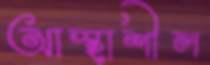
আস্হাশীল